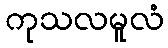
ကုသလမူလံ